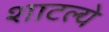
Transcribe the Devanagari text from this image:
शाटल्ये